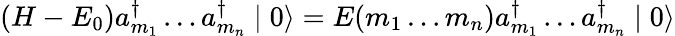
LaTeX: (H-E_{0})a_{m_{1}}^{\dagger}\ldots a_{m_{n}}^{\dagger}\mid 0\rangle=E(m_{1}\ldots m_{n})a_{m_{1}}^{\dagger}\ldots a_{m_{n}}^{\dagger}\mid 0\rangle